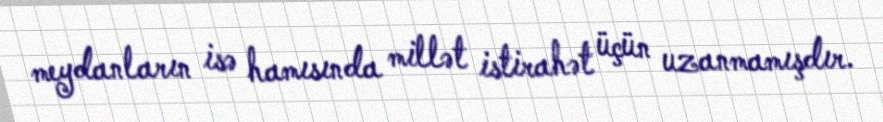
meydanların isə hamısında millət istirahət üçün uzanmamışdır.